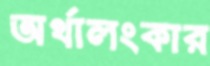
অর্থালংকার